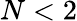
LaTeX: N<2